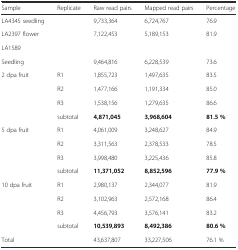
<table><thead><tr><td><b>Sample</b></td><td><b>Replicate</b></td><td><b>Raw read pairs</b></td><td><b>Mapped read pairs</b></td><td><b>Percentage</b></td></tr></thead><tbody><tr><td>LA4345 seedling</td><td></td><td>9,733,364</td><td>6,724,767</td><td>76.9</td></tr><tr><td>LA2397 flower</td><td></td><td>7,122,453</td><td>5,189,153</td><td>81.9</td></tr><tr><td>LA1589</td><td></td><td></td><td></td><td></td></tr><tr><td>Seedling</td><td></td><td>9,464,816</td><td>6,228,539</td><td>73.6</td></tr><tr><td>2 dpa fruit</td><td>R1</td><td>1,855,723</td><td>1,497,635</td><td>83.5</td></tr><tr><td></td><td>R2</td><td>1,477,166</td><td>1,191,334</td><td>85.0</td></tr><tr><td></td><td>R3</td><td>1,538,156</td><td>1,279,635</td><td>86.6</td></tr><tr><td></td><td>subtotal</td><td><b>4,871,045</b></td><td><b>3,968,604</b></td><td><b>81.5 %</b></td></tr><tr><td>5 dpa fruit</td><td>R1</td><td>4,061,009</td><td>3,248,627</td><td>84.9</td></tr><tr><td></td><td>R2</td><td>3,311,563</td><td>2,378,533</td><td>78.5</td></tr><tr><td></td><td>R3</td><td>3,998,480</td><td>3,225,436</td><td>85.8</td></tr><tr><td></td><td>subtotal</td><td><b>11,371,052</b></td><td><b>8,852,596</b></td><td><b>77.9 %</b></td></tr><tr><td>10 dpa fruit</td><td>R1</td><td>2,980,137</td><td>2,344,077</td><td>81.9</td></tr><tr><td></td><td>R2</td><td>3,102,963</td><td>2,572,168</td><td>86.4</td></tr><tr><td></td><td>R3</td><td>4,456,793</td><td>3,576,141</td><td>83.2</td></tr><tr><td></td><td>subtotal</td><td><b>10,539,893</b></td><td><b>8,492,386</b></td><td><b>80.6 %</b></td></tr><tr><td>Total</td><td></td><td>43,637,807</td><td>33,227,506</td><td>76.1 %</td></tr></tbody></table>